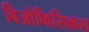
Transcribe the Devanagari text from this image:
बिओफिसिकल